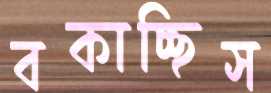
বকাচ্ছিস